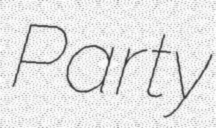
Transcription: Party